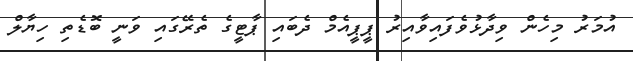
އުމަރު މިހެން ވިދާޅުވެފައިވާއިރު ޕީޕީއެމް ދެބައި ޕާޓީގެ ތެރޭގައި ވަނީ ބޮޑެތި ހިޔާލް